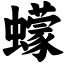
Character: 蠓